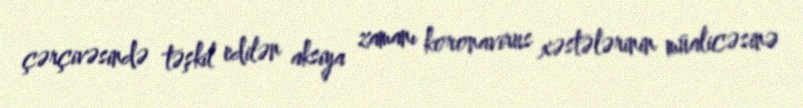
çərçivəsində təşkil edilən aksiya zamanı koronavirus xəstələrinin müalicəsinə